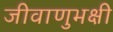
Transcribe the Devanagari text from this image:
जीवाणुभक्षी